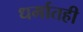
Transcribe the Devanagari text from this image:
धर्मातही